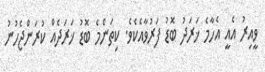
ވީއިރު އެއީ އެހާމެ ޚަރަދު ބޮޑު ފަރުވާއެކެވެ. ކިތަންމެ ބޮޑު ޚަރަދެއް ކުރަންޖެހުނު